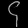
Digit: ၄